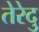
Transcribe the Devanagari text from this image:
तेरेदु